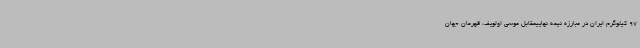
97 کیلوگرم ایران در مبارزه نیمه نهاییمقابل موسی اولویف، قهرمان جهان